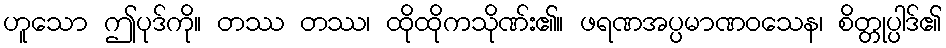
ဟူသော ဤပုဒ်ကို။ တဿ တဿ၊ ထိုထိုကသိုဏ်း၏။ ဖရဏအပ္ပမာဏဝသေန၊ စိတ္တုပ္ပါဒ်၏